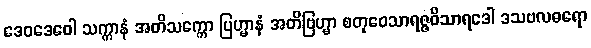
ဒေဝဒေဝေါ သက္ကာနံ အတိသက္ကော ဗြဟ္မာနံ အတိဗြဟ္မာ စတုဝေသာရဇ္ဇဝိသာရဒေါ ဒသဗလဓရော